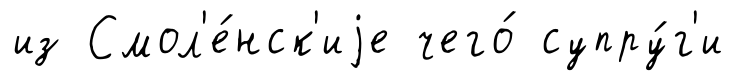
из Смол'е́нск'иjе чего́ супру́г'и